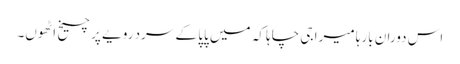
اس دوران بارہا میرا جی چاہا کہ میں پاپا کے سرد رویے پر چیخ اٹھوں۔